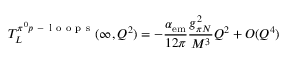
T _ { L } ^ { \pi ^ { 0 } p \mathrm { ~ - ~ l ~ o ~ o ~ p ~ s ~ } } ( \infty , Q ^ { 2 } ) = - \frac { \alpha _ { \mathrm { e m } } } { 1 2 \pi } \frac { g _ { \pi N } ^ { 2 } } { M ^ { 3 } } Q ^ { 2 } + O ( Q ^ { 4 } )